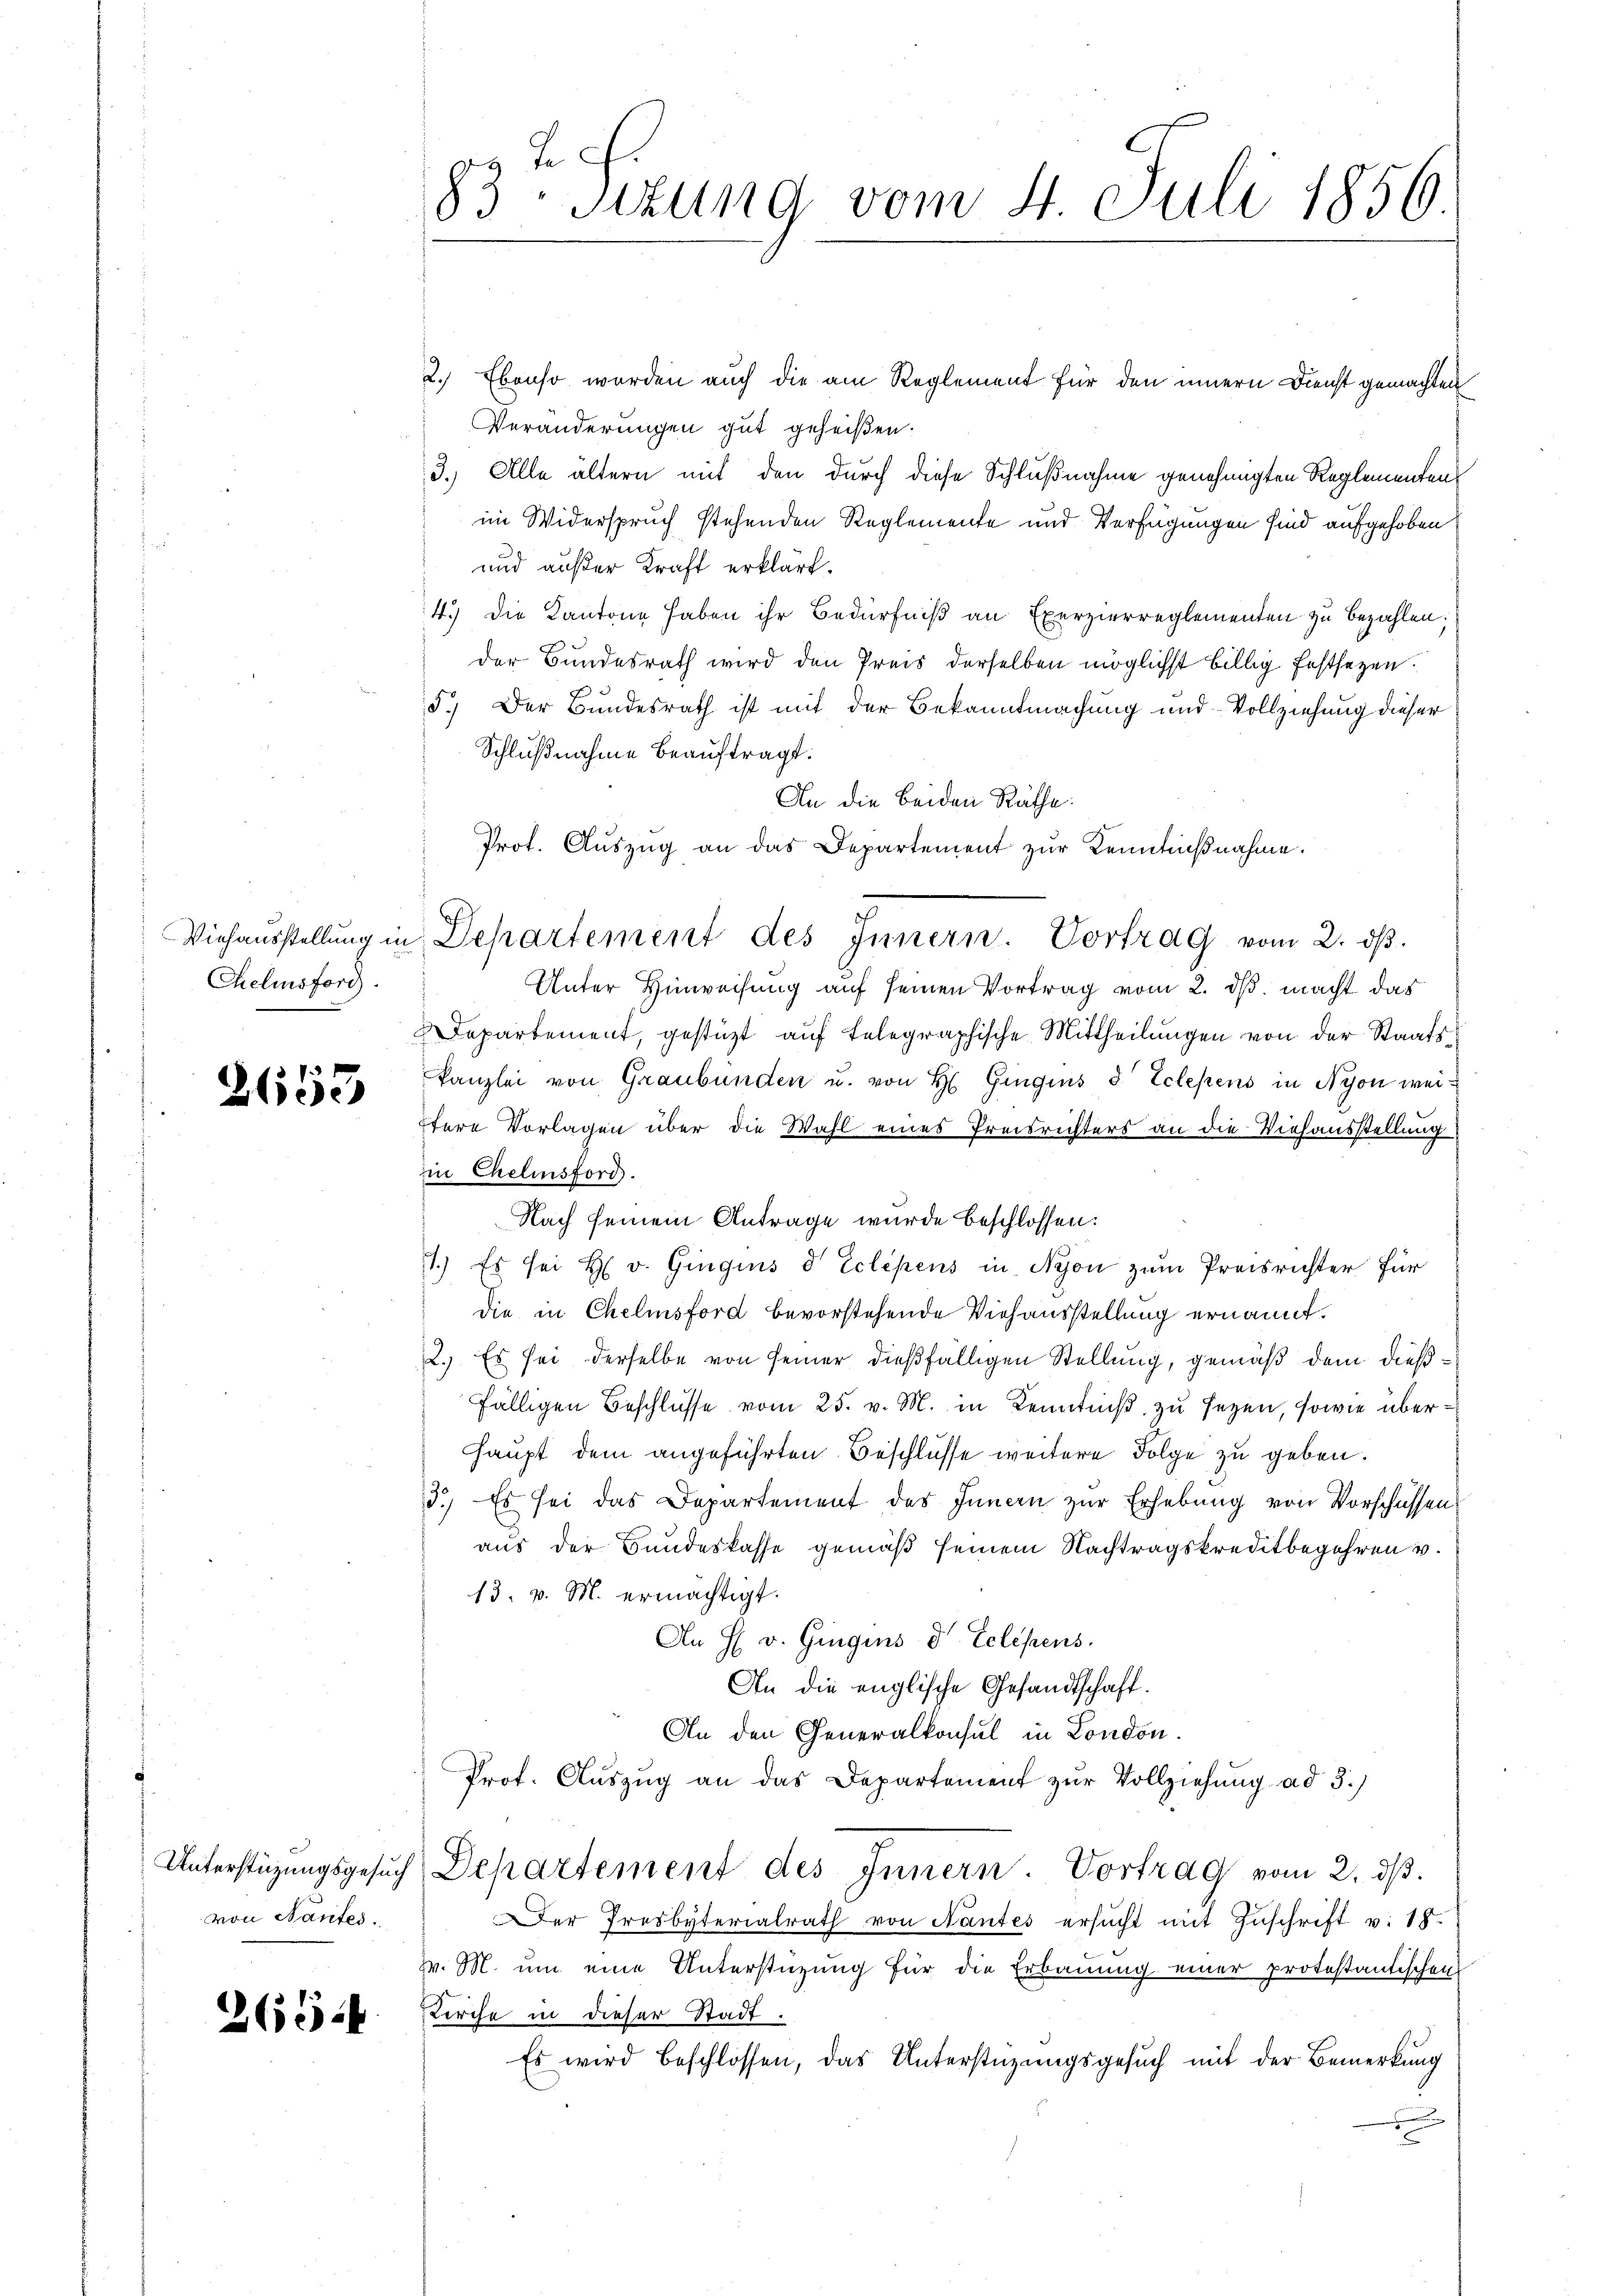
Chelinsford

1
Eige

von Nantes.

265.

F.
83 stung vom 4. Juli 1856

2.) Ebenso werden auch die am Reglement für den innern Dienst gemachten
Veränderungen gut geheißen.
3.) Alle ältern mit den durch diese Schlußnahme genehmigten Reglementen
im Widerspruch stehenden Reglemente und Verfügungen sind aufgehoben
und außer Kraft erklärt.
4.) Die Kantone haben ihr Bedürfniß an Exerzierreglementen zu bezahlen;
der Bundesrath wird den Preis derselben möglichst billig festsetzen.
5.) Der Bundesrath ist mit der Bekanntmachung und Vollziehung dieser
Schlußnahme beauftragt.
An die beiden Räthe:
Prot. Aŭszŭg an das Departement zŭr Kenntnißnahme.
Unter Hinweisung auf seinen Vortrag vom 2. ds. macht das
Departement, gestüzt auf telegraphische Mittheilungen von der Staatskanzlei von Graubünden u. von H. Gingins 8 Telesens in Nyon weiitere Vorlagen über die Wahl eines Preisrichters an die Viehausstellung
in Chelinsford.
Nach seinem Antrage wurde beschlossen:
1.) Es sei H. v. Gingins d Eclipens in Nyon zum Preisrichter für
die in Chelmsford bevorstehende Viehausstellung ernannt.
2.) Es sei derselbe von seiner dießfälligen Stellung, gemäß dem dießfälligen Beschlüsse vom 25. v. M. in Kenntniß zu seyen, sowie über¬
Haupt dem angeführten Beschlüsse weitere Folge zu geben.
3.) Es sei das Departement des Inncen zur Erhebung von Vorschüssen,
aus der Bundeskasse gemäß seinem Nachtragskreditbegehren v.
13. v. M. ermächtigt.
An H v. Gingins d Eclesens.
An die englische Gesandtschaft.
An den Generalkonsul in London.
Prof. Auszug an das Departement zur Vollziehung ad 3.)
Unterstüzungsgesuch Departement des Innern. Vortrag vom 2. dβ.
Der Presbyterialrath von Nantes ersŭcht mit Zuschrift v. 18.
Z. M. um eine Unterstüzung für die Erbauung einer protestantischen
Kirche in dieser Stadt.
Es wird beschlossen, das Unterstüzungsgesuch mit der Bemerkung

Viehausstellung in Departement des Innern. Vortrag vom 2. ds.